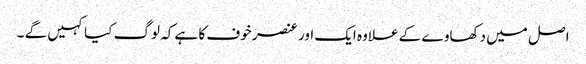
اصل میں دکھاوے کے علاوہ ایک اور عنصر خوف کا ہے کہ لوگ کیا کہیں گے ۔